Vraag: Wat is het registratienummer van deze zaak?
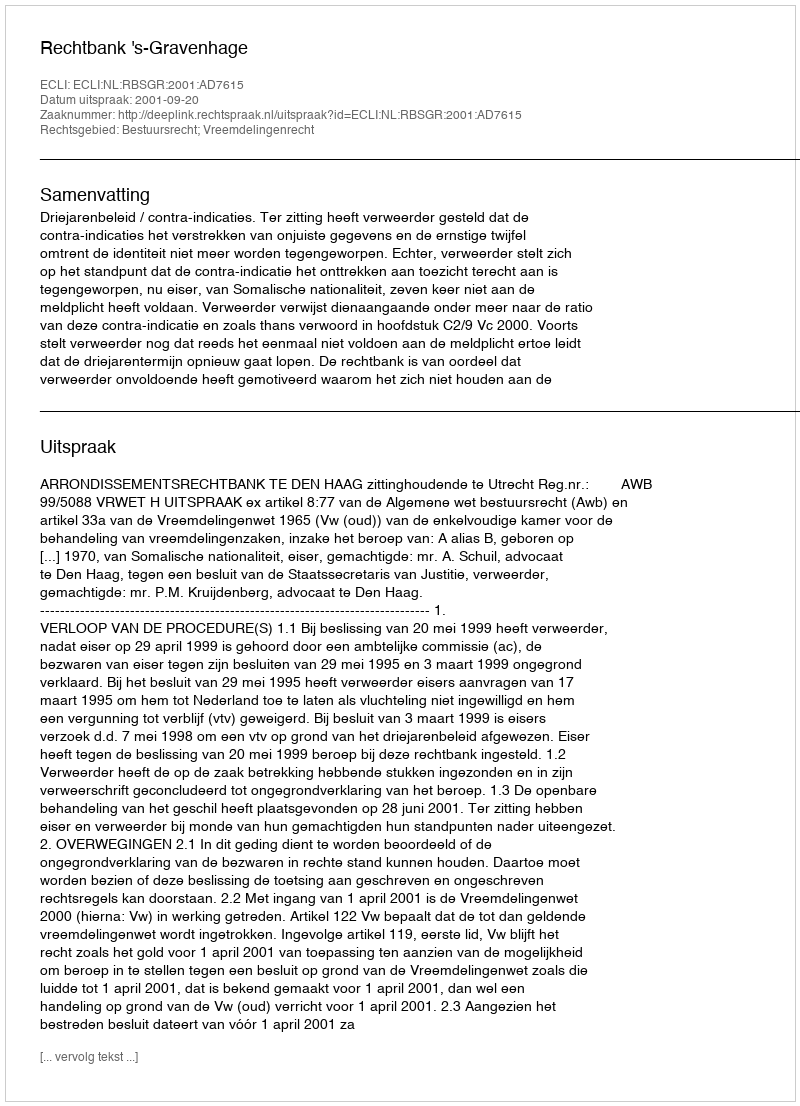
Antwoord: http://deeplink.rechtspraak.nl/uitspraak?id=ECLI:NL:RBSGR:2001:AD7615